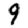
Digit: 9